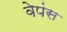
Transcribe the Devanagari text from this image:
वेपंस